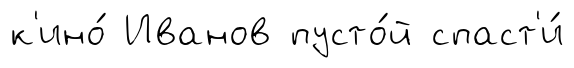
к'ино́ Иванов пусто́й спаст'и́